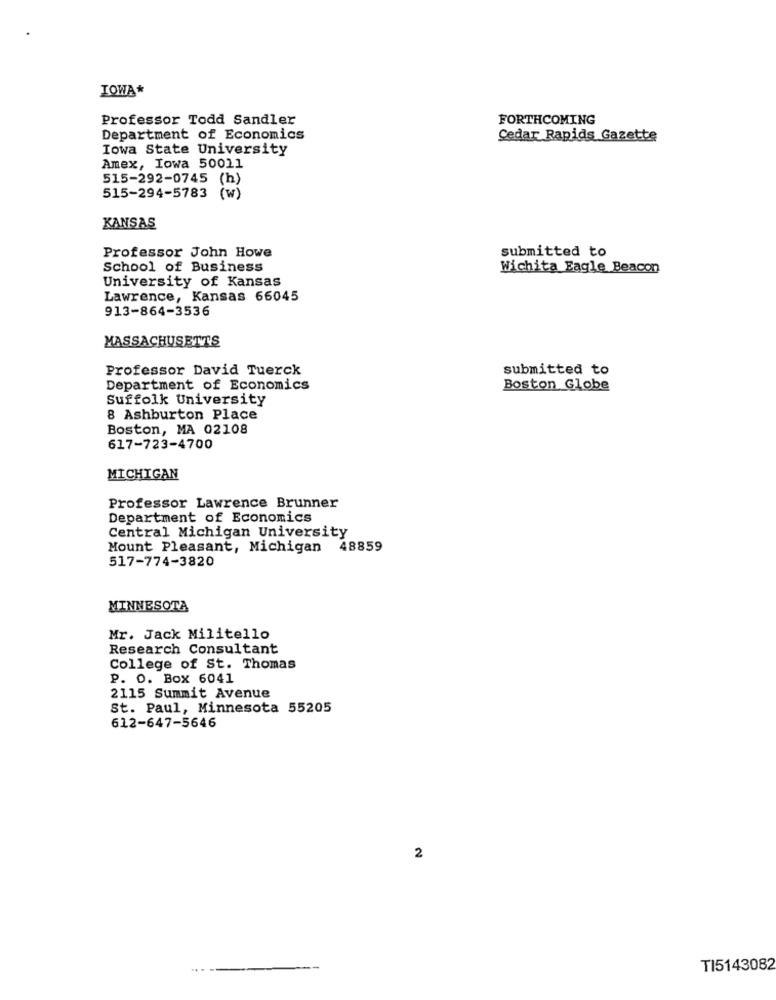
IOWA*
Professor Todd Sandler
FORTHCOMING
Department of Economics
Cedar Rapids Gazette
Iowa State University
Amex, Iowa 50011
515-292-0745 (h)
515-294-5783
(W)
KANSAS
Professor John Howe
submitted to
School of Business
Wichita Eagle Beacon
University of Kansas
Lawrence, Kansas 66045
913-864-3536
MASSACHUSETTS
Professor David Tuerck
submitted to
Department of Economics
Boston Globe
Suffolk University
8 Ashburton Place
Boston, MA 02108
617-723-4700
MICHIGAN
Professor Lawrence Brunner
Department of Economics
Central Michigan University
Mount Pleasant, Michigan 48859
517-774-3820
MINNESOTA
Mr. Jack Militello
Research Consultant
College of St. Thomas
P. O. Box 6041
2115 Summit Avenue
St. Paul, Minnesota 55205
612-647-5646
2
....
TI5143082